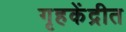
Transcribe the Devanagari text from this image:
गृहकेंद्रीत